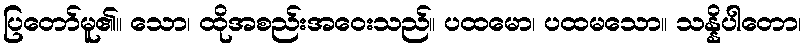
ပြတော်မူ၏။ သော၊ ထိုအစည်းအဝေးသည်။ ပထမော၊ ပထမသော။ သန္နိပါတော၊